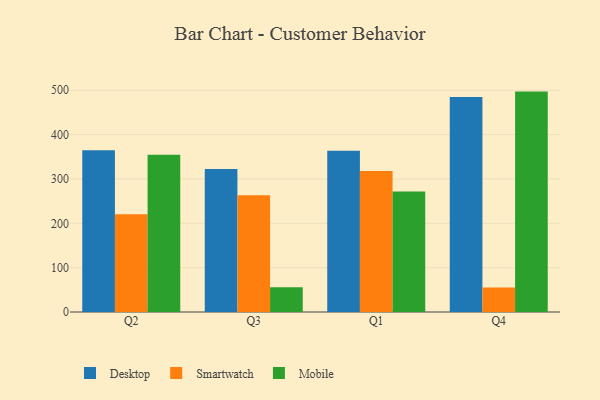
{"axis": {"x": "Quarter", "y": "Gross Profit (USD K)"}, "legend": ["Desktop", "Mobile", "Smartwatch"], "data": [{"x": "Q2", "y": 365.0, "type": "Desktop"}, {"x": "Q2", "y": 220.6, "type": "Smartwatch"}, {"x": "Q2", "y": 354.8, "type": "Mobile"}, {"x": "Q3", "y": 322.7, "type": "Desktop"}, {"x": "Q3", "y": 263.1, "type": "Smartwatch"}, {"x": "Q3", "y": 56.0, "type": "Mobile"}, {"x": "Q1", "y": 363.4, "type": "Desktop"}, {"x": "Q1", "y": 318.2, "type": "Smartwatch"}, {"x": "Q1", "y": 271.6, "type": "Mobile"}, {"x": "Q4", "y": 484.8, "type": "Desktop"}, {"x": "Q4", "y": 55.0, "type": "Smartwatch"}, {"x": "Q4", "y": 497.0, "type": "Mobile"}]}